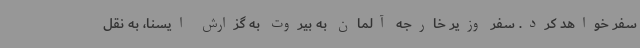
سفر خواهد کرد. سفر وزیر خارجه آلمان به بیروت به گزارش ایسنا، به نقل